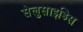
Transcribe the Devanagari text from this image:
सेलुसाइडिस